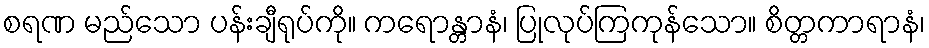
စရဏ မည်သော ပန်းချီရုပ်ကို။ ကရောန္တာနံ၊ ပြုလုပ်ကြကုန်သော။ စိတ္တကာရာနံ၊